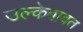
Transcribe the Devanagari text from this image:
उल्केबाबत